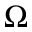
\Omega